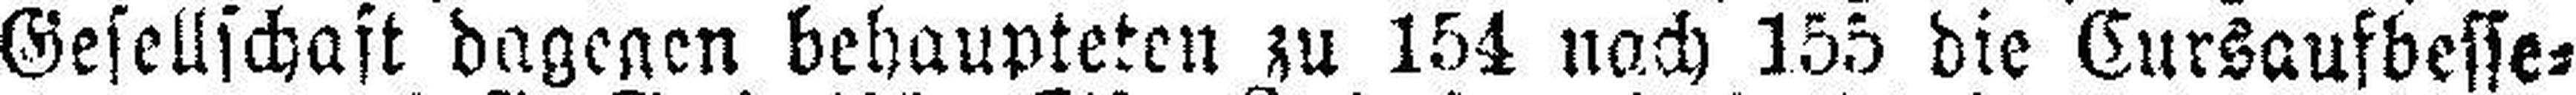
Gesellschaft dagegen behaupteten zu 154 nach 155 die Cursaufbesse¬